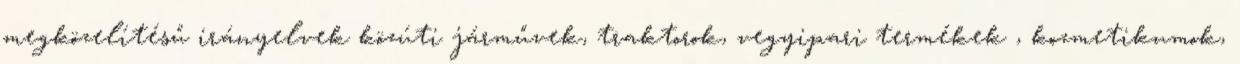
megközelítésű irányelvek közúti járművek, traktorok, vegyipari termékek , kozmetikumok,